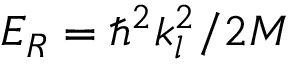
E _ { R } = \hbar ^ { 2 } k _ { l } ^ { 2 } / 2 M